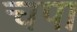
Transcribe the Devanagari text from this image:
चपा